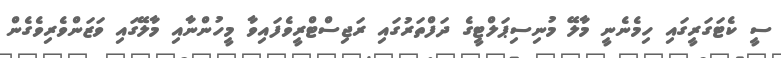
ސީ ކެޓަގަރީގައި ހިމެނެނީ މާލޭ މުނިސިޕަލްޓީގެ ދަފްތަރުގައި ރަޖިސްޓްރީވެފައިވާ މީހުންނާއި މާލޭގައި ވަޒަންވެރިވެގެން